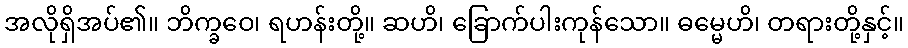
အလိုရှိအပ်၏။ ဘိက္ခဝေ၊ ရဟန်းတို့။ ဆဟိ၊ ခြောက်ပါးကုန်သော။ ဓမ္မေဟိ၊ တရားတို့နှင့်။